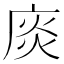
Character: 𢉘